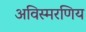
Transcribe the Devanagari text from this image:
अविस्मरणिय